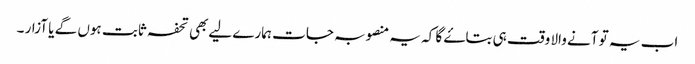
اب یہ تو آنے والا وقت ہی بتاۓ گا کہ یہ منصوبہ جات ہمارے لیےبھی تحفہ ثابت ہوں گے یا آزار ۔